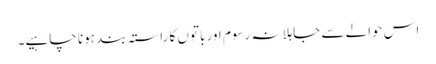
اس حوالے سے جاہلانہ رسوم اور باتوں کا راستہ بند ہونا چاہیے۔